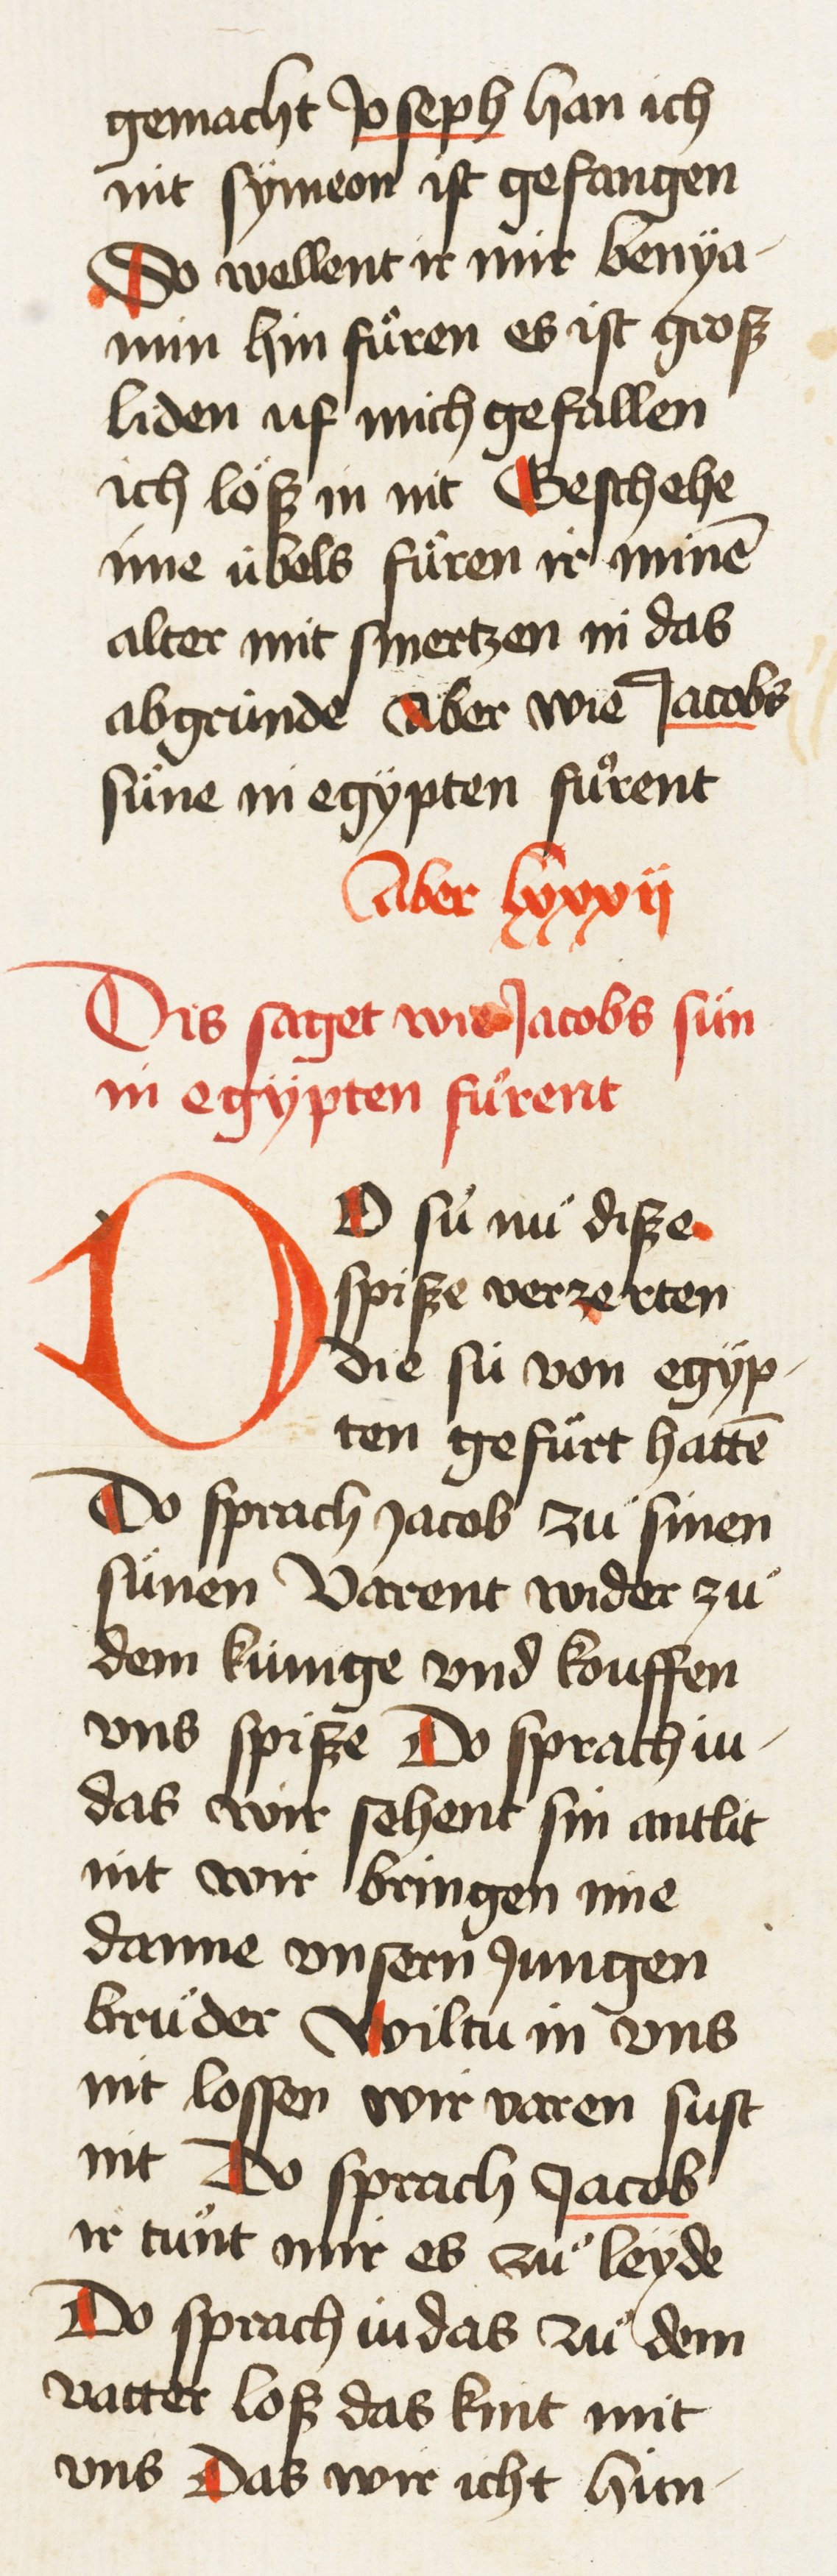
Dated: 1435–1465